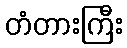
တံတားကြီး